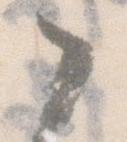
々